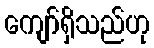
ကျော်ရှိသည်ဟု